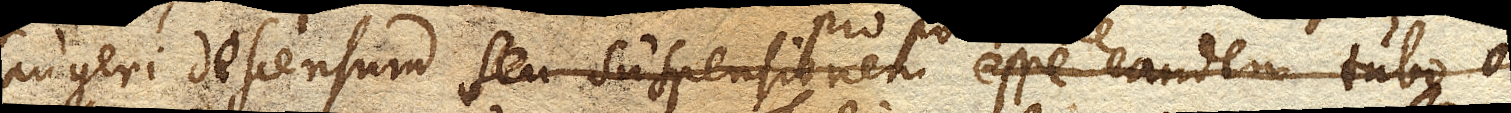
augeri descensum seu suspensionem esse eandem Tubo